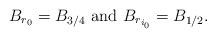
LaTeX: \begin{align*}B_{r_0}=B_{3/4}\mbox{ and }B_{r_{i_0}}=B_{1/2}.\end{align*}